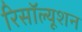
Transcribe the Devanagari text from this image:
रिसॉल्यूशन